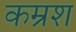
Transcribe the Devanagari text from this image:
कम्रश